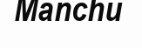
Manchu